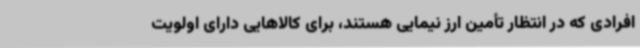
افرادی که در انتظار تأمین ارز نیمایی هستند، برای کالاهایی دارای اولویت